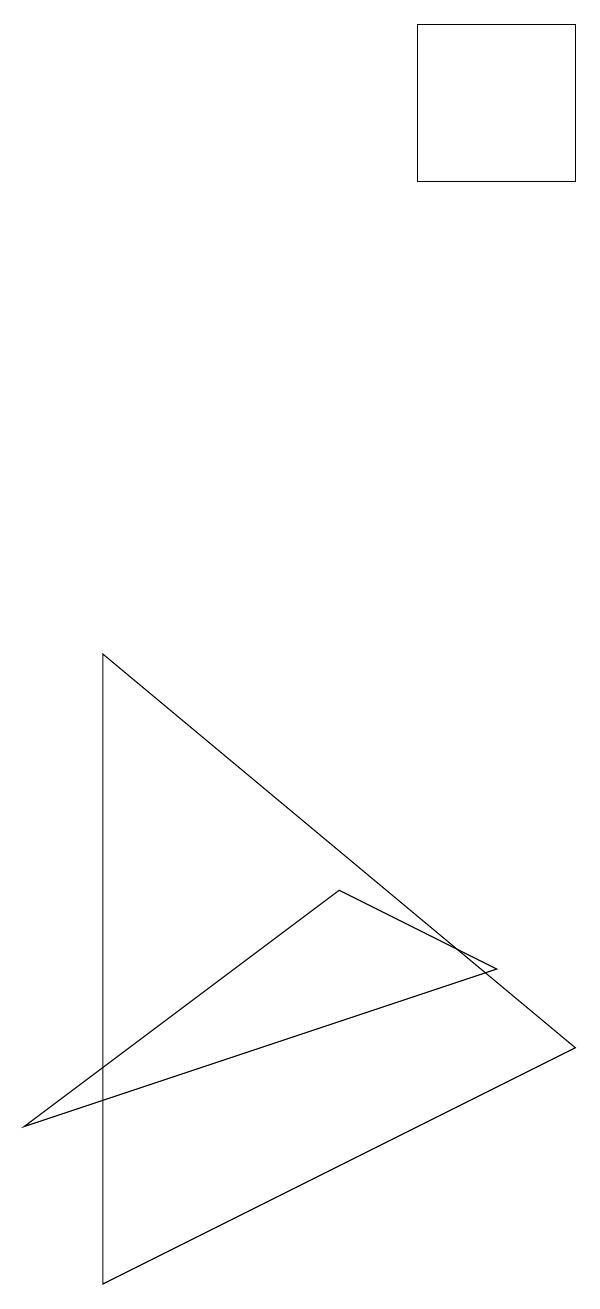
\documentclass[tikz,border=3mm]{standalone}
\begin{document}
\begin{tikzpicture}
\draw (9,17) rectangle (7,15);
\draw (3,9) -- (3,1) -- (9,4) -- cycle;
\draw (8,5) -- (2,3) -- (6,6) -- cycle;
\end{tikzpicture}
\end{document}